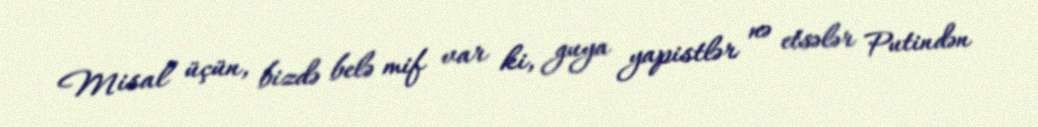
Misal üçün, bizdə belə mif var ki, guya yapistlər nə etsələr Putindən